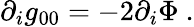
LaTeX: \partial_{i}g_{00}=-2\partial_{i}\Phi\ .